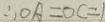
\therefore O A = O C = 1